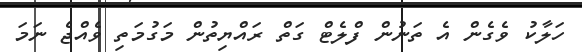
ހަލާކު ވެގެން އެ ތަނުން ފްލެޓް ގަތް ރައްޔިތުން މަގުމަތި ވެއްޖެ ނަމަ